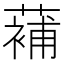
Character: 𮑱